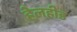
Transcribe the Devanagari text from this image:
हेलहीड